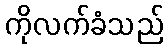
ကိုလက်ခံသည်